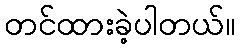
တင်ထားခဲ့ပါတယ်။